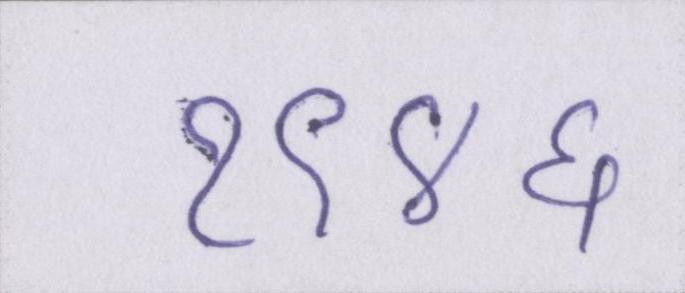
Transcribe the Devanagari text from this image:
१९४६